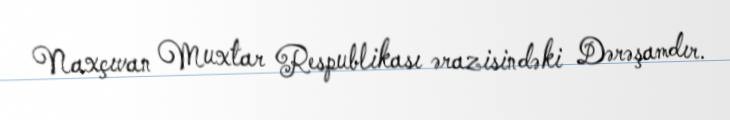
Naxçıvan Muxtar Respublikası ərazisindəki Dərəşamdır.